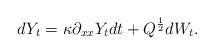
LaTeX: \begin{align*} dY_t=\kappa \partial_{xx} Y_t dt+ Q^{\frac 12}dW_t.\end{align*}